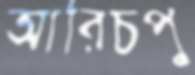
আরিচপু